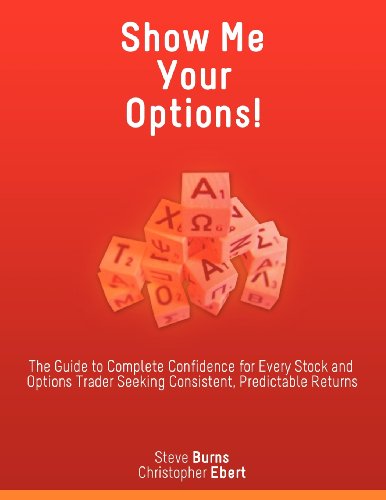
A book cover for Show Me Your Options! The Guide to Complete Confidence for Every Stock and Options Trader Seeking Consistent, Predictable Returns; Steve Burns; Business & Money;